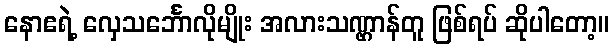
နောဧရဲ့ လှေသင်္ဘောလိုမျိုး အလားသဏ္ဌာန်တူ ဖြစ်ရပ် ဆိုပါတော့။